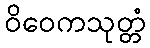
ဝိဝေကသုတ္တံ